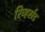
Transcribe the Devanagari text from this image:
रिव्हर्सड